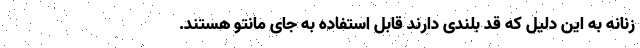
زنانه به این دلیل که قد بلندی دارند قابل استفاده به جای مانتو هستند.